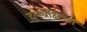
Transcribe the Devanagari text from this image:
द्य्स्प्रक्षिच्स्